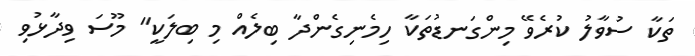
ތަކާ ސުވާލު ކުރެވޭ މިންގަނޑުތަކާ ހިމެނިގެންދާ ބިލެއް މި ބިލަކީ" މޫސަ ވިދާޅުވި